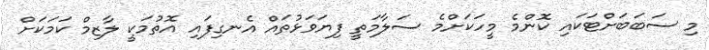
މި ސަބަބަށްޓަކައި ކޮންމެ މީހަކަށްމެ ސަލާމަތީ ފިޔަވަޅުތައް އެނގިފައި އޮތުމަކީ ލާޒިމް ކަމަކަށް